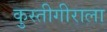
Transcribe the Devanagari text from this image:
कुस्तीगीराला